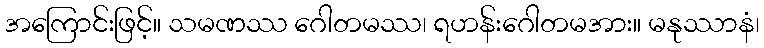
အကြောင်းဖြင့်။ သမဏဿ ဂေါတမဿ၊ ရဟန်းဂေါတမအား။ မနုဿာနံ၊